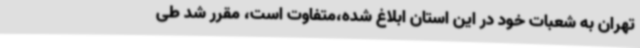
تهران به شعبات خود در این استان ابلاغ شده،متفاوت است، مقرر شد طی